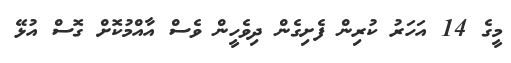
މީގެ 14 އަހަރު ކުރިން ފެށިގެން ދިވެހީން ވެސް އާއްމުކޮށް ގޮސް އުޅޭ